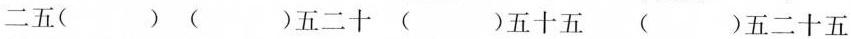
二五( ) ( )五二十 ( )五十五 ( )五二十五